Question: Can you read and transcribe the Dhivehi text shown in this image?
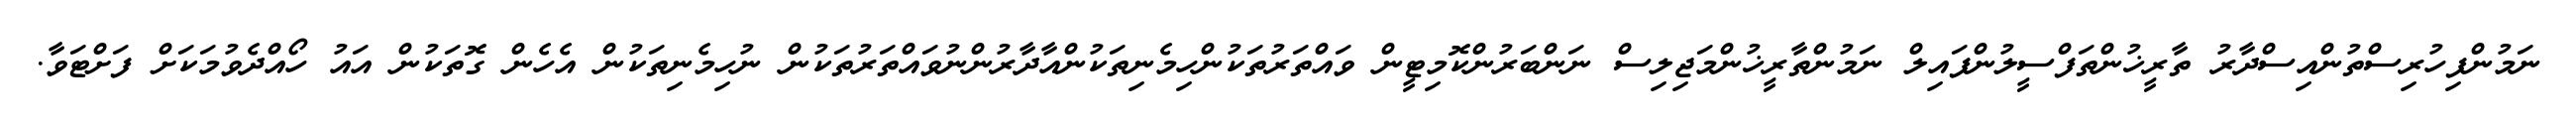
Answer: ނަމުންފިހުރިސްތުންއިސްދާރު ތާރީޚުންތަފްސީލުންފައިލް ނަމުންތާރީޚުންމަޖިލިސް ނަންބަރުންކޮމިޓީން ވައްތަރުތަކުންހިމެނިތަކުންއާދާރުންނުވައްތަރުތަކުން ނުހިމެނިތަކުން އެހެން ގޮތަކުން އައު ހޯއްދެވުމަކަށް ފަށްޓަވާ.